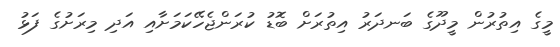
މީގެ އިތުރުން މީދޫގެ ބަނދަރު އިތުރަށް ބޮޑު ކުރަންޖެހޭކަމަށާއި އަދި މިރަށުގެ ފަޅު